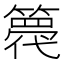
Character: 𮆋